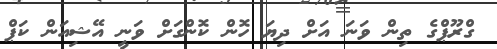
ގްރޫޕްގެ ތިން ވަނަ އަށް ދިޔަ ހޮން ކޮންގަށް ވަނީ އޭޝިއަން ކަޕް